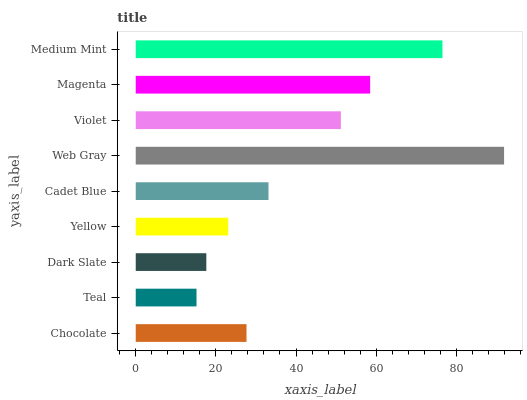
| yaxis_label | bars |
 | --- | --- |
 | Chocolate | 27.6 |
 | Teal | 15.2 |
 | Dark Slate | 17.6 |
 | Yellow | 23.1 |
 | Cadet Blue | 33.1 |
 | Web Gray | 91.9 |
 | Violet | 51.2 |
 | Magenta | 58.5 |
 | Medium Mint | 76.6 |